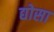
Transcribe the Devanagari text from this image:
द्योसा